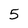
Character: 5